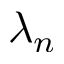
\lambda _ { n }